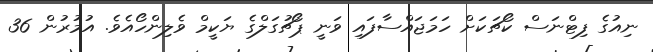
ނިއުގެ ފިޓްނަސް ކޯޗަކަށް ހަމަޖައްސާފައި ވަނީ ޕޯޗުގަލްގެ ޔަކީމް ވެލިންހޯއެވެ. އުމުރުން 36